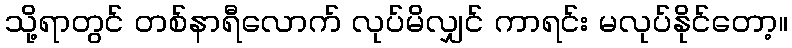
သို့ရာတွင် တစ်နာရီလောက် လုပ်မိလျှင် ကာရင်း မလုပ်နိုင်တော့။